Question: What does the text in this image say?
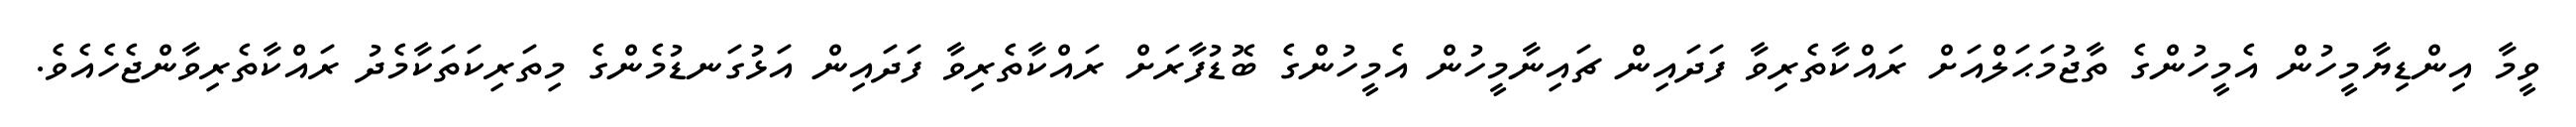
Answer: ވީމާ އިންޑިޔާމީހުން އެމީހުންގެ ތާޖުމަޙަލްއަށް ރައްކާތެރިވާ ފަދައިން ޗައިނާމީހުން އެމީހުންގެ ބޮޑުފާރަށް ރައްކާތެރިވާ ފަދައިން އަޅުގަނޑުމެންގެ މިތަރިކަތަކާމެދު ރައްކާތެރިވާންޖެހެއެވެ.